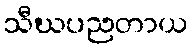
သီဃပညတာယ